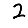
Digit: 2